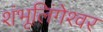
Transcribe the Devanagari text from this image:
शंभूलिंगेश्‍वर